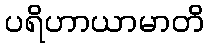
ပရိဟာယာမာတိ